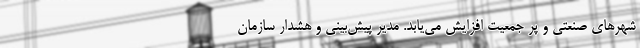
شهرهای صنعتی و پر جمعیت افزایش می‌یابد. مدیر پیش‌بینی و هشدار سازمان